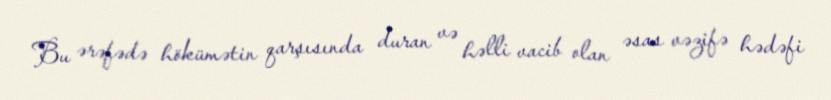
Bu ərəfədə hökümətin qarşısında duran və həlli vacib olan əsas vəzifə hədəfi